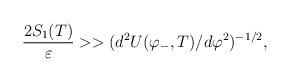
LaTeX: \begin{align*}{{2 S_1(T)} \over \varepsilon} >> (d^2{U(\varphi_-,T)}/d\varphi^2)^{-1/2},\end{align*}